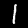
Label: 1